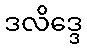
ဒလိဒ္ဒေ